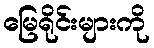
မြေရိုင်းများကို